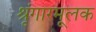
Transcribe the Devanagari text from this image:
श्रृंगारमूलक